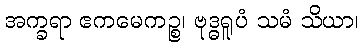
အက္ခရာ ဧကမေကဉ္စ၊ ဗုဒ္ဓရူပံ သမံ သိယာ၊